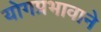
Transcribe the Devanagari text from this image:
योगप्रभावाने